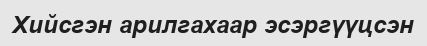
Хийсгэн арилгахаар эсэргүүцсэн